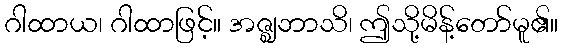
ဂါထာယ၊ ဂါထာဖြင့်။ အဇ္ဈဘာသိ၊ ဤသို့မိန့်တော်မူ၏။